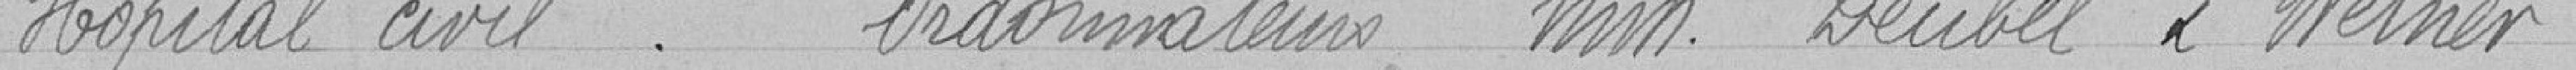
Hôpital civil. Ordonnateur messieurs Deubel et Werner.